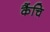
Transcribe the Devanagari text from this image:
कैंचि